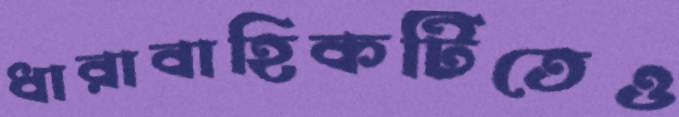
ধারাবাহিকটিতেও